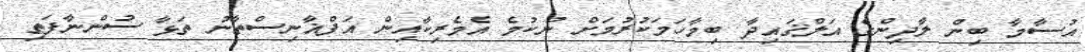
އުސާމާ ބިން ލާދިންގެ އަލްޤައިދާ ބިމާހަމަކުރުމަށް ނުކުމެ އެމެރިކާއިން އަފްޣާނިސްތާނު ތަޅާ ސުންނާފަތި